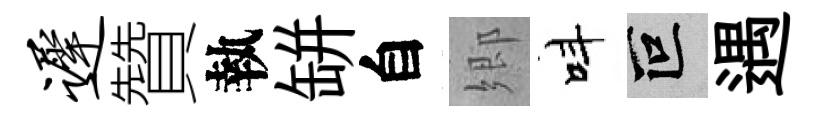
迟贊執缾自郷呌叵遇